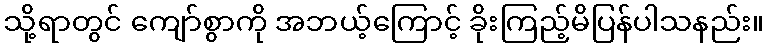
သို့ရာတွင် ကျော်စွာကို အဘယ့်ကြောင့် ခိုးကြည့်မိပြန်ပါသနည်း။